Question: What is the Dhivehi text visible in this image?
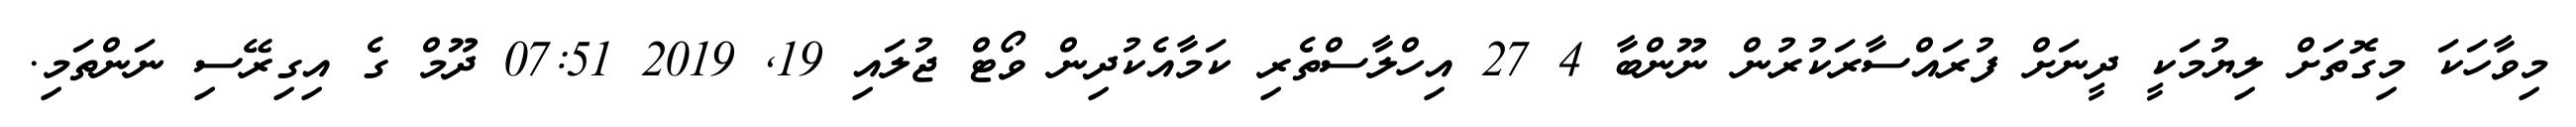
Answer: މިވާހަކަ މިގޮތަށް ލިޔުމަކީ ދީނަށް ފުރައްސާރަކުރުން ނޫންބާ 4 27 އިހްލާސްތެރި ކަމާއެކުދިން ވޯޓް ޖުލައި 19, 2019 07:51 ދޫމް ގެ އިގިރޭސި ނަންތަމި.